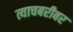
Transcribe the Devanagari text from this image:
त्याचबरीबर